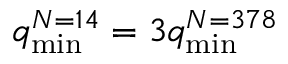
q _ { \mathrm { m i n } } ^ { N = 1 4 } = 3 q _ { \mathrm { m i n } } ^ { N = 3 7 8 }